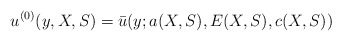
\begin{align*}u^{(0)}(y,X,S)=\bar{u}(y;a(X,S),E(X,S),c(X,S))\end{align*}